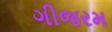
ગીજરમ